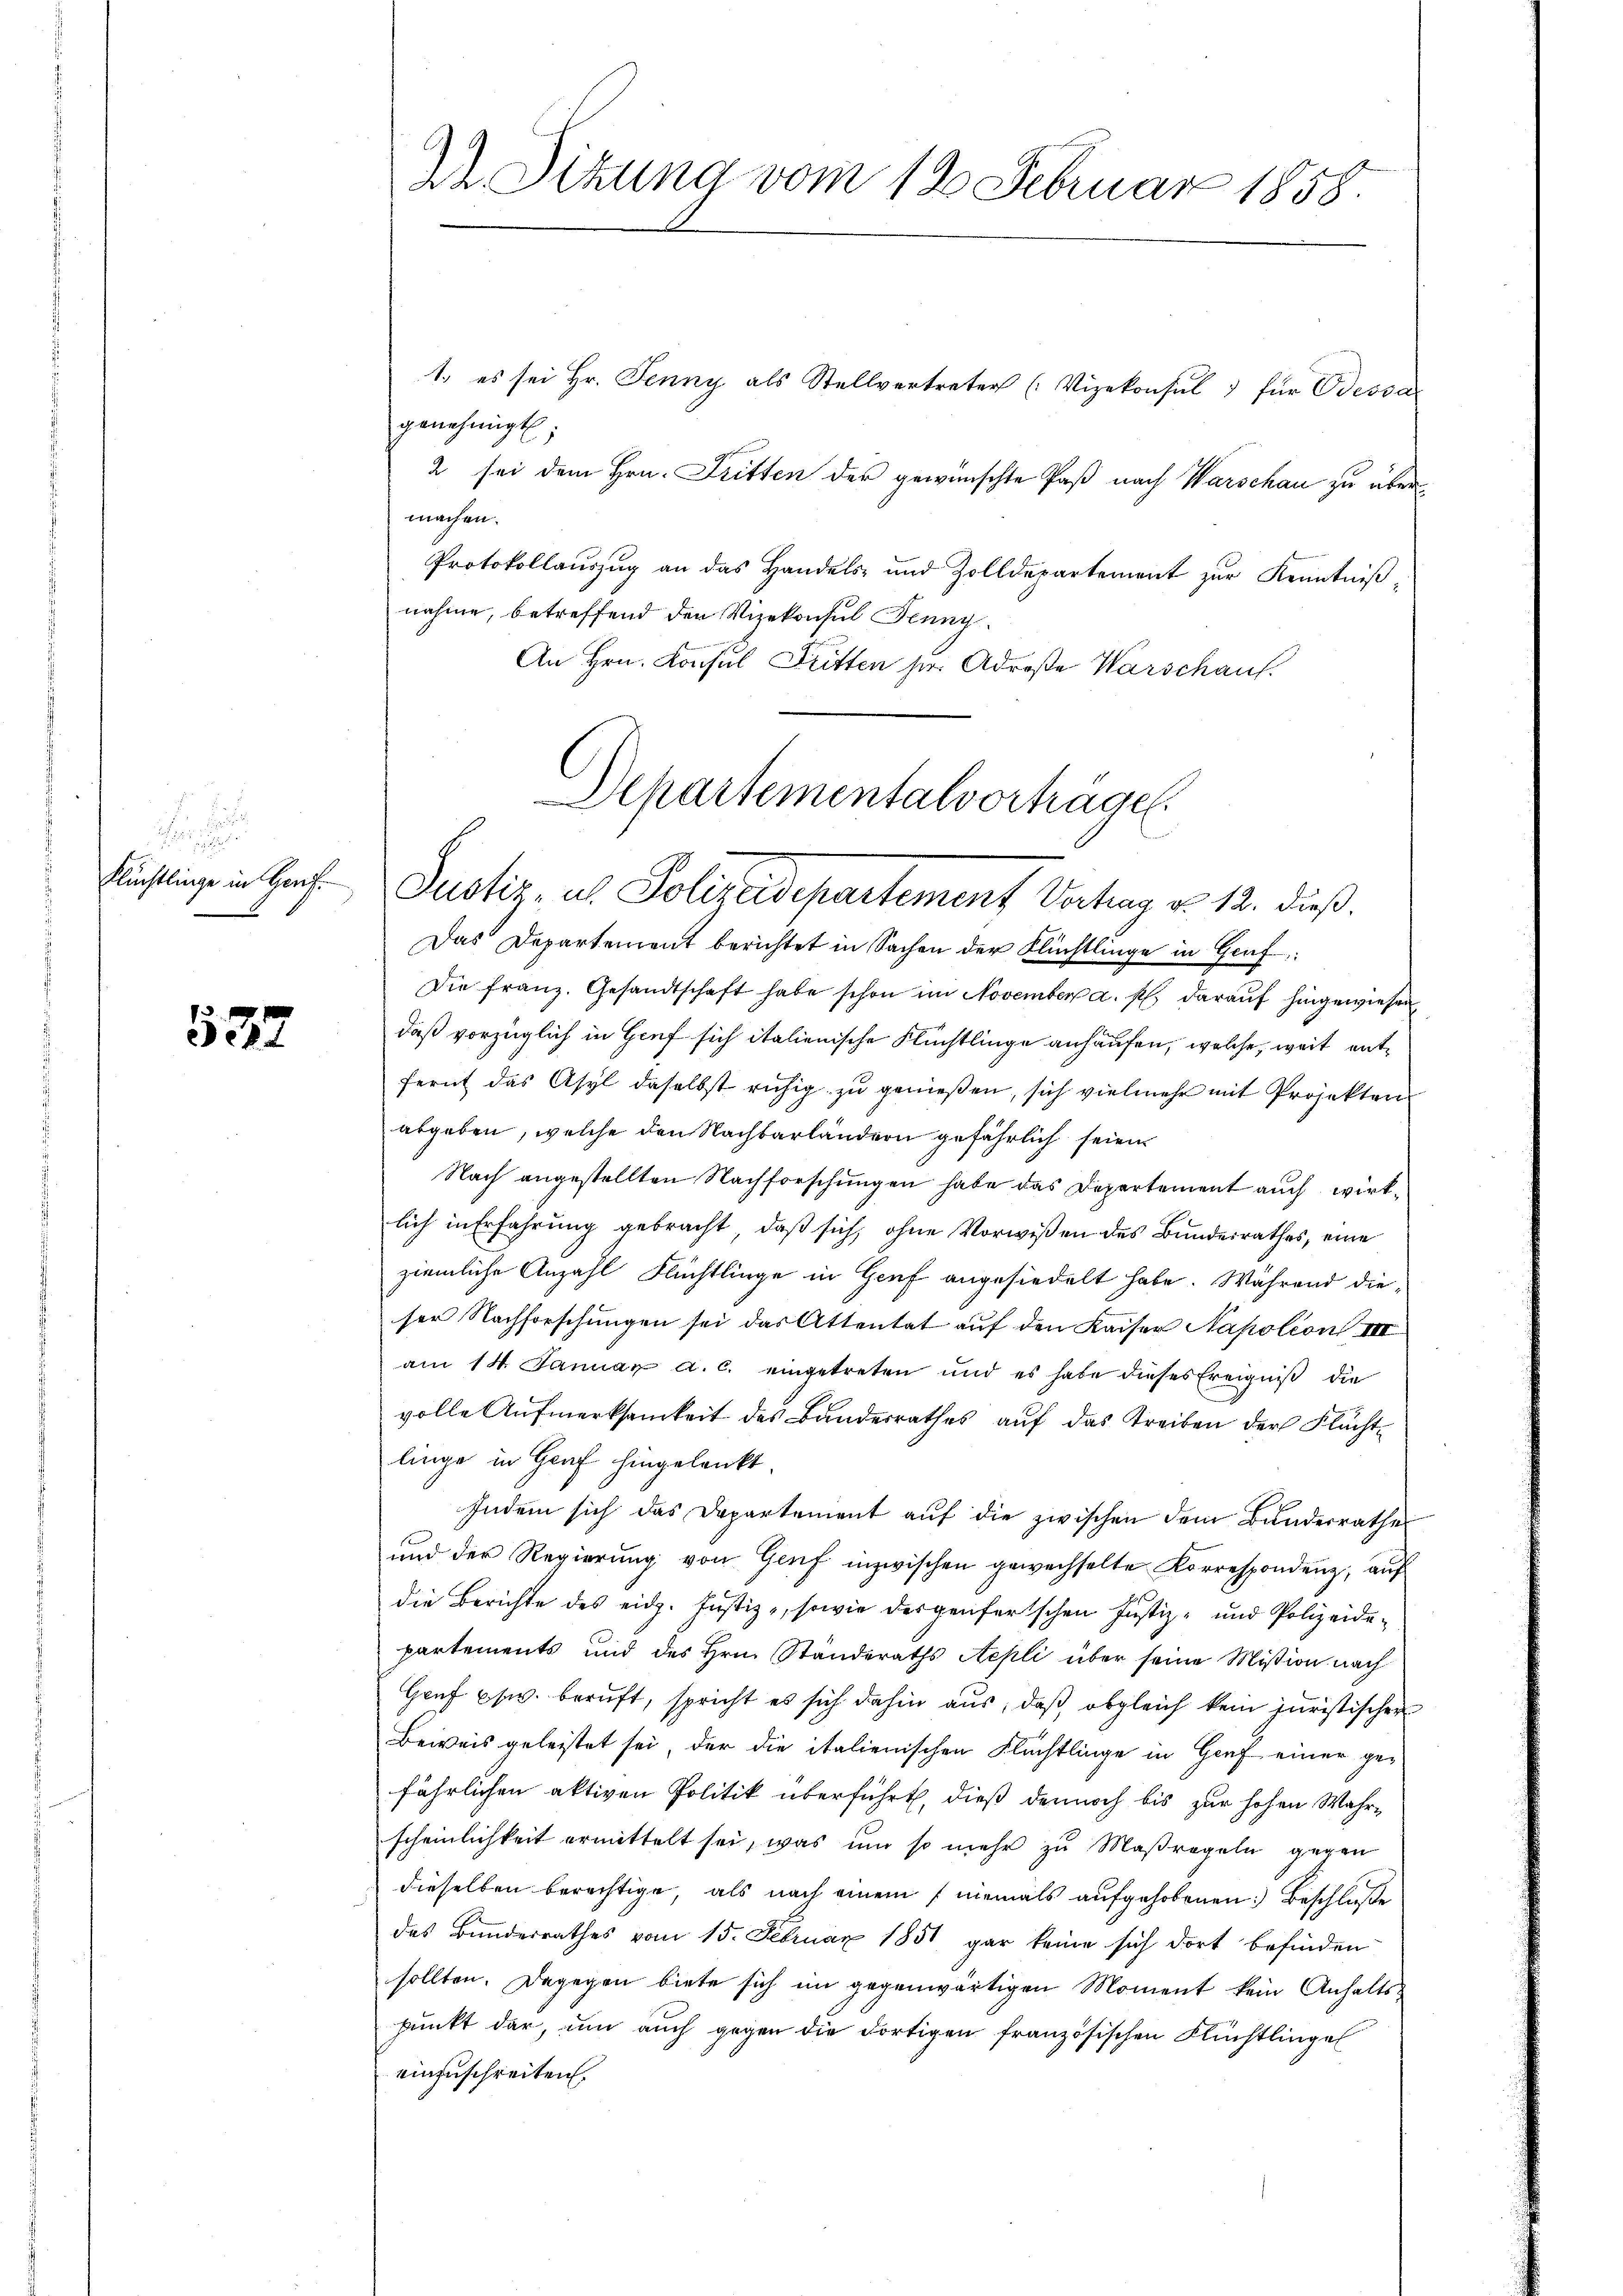
Flüchtlinge in Genf.

537

Ir Sitzung vom 12. Februar 1858.

1. es sei Hr. Jenny als Stellvertreter (Vizekonsul ) für Odessa
genehmigt;
2 sei dem Hrn. Fritten der gewünschte Paß nach Warschau zu über
machen.
Protokollaŭszŭg an das Handels- und Zolldepartement zŭr Kenntniβ
nahme, betreffend den Vizekonsul Jenny.
An Hrn. Konsul Dritten sie Adroße Warschaus.

Departementalvorträge.
Justiz, als Polizeidepartement Vertrag v. 12. dieß.

Das Departement berichtet in Sachen der Flüchtlinge in Graf
Die franz. Gesandtschaft habe schon im November a. p. darauf hingewiesen
daß vorzüglich in Genf sich italienische Flüchtlinge anhaufen, welche, weit entfernt das Asyl daselbst ruhig zu genießen, sich vielmehr mit Projekten
abgeben, welche den Nachbarländern gefährlich seien
Nach angestellten Nachforschungen habe das Departement auch wirklich in Erfahrung gebracht, daß sich, ohne Vorwißen des Bundesrathes, eine
ziemliche Anzahl Flüchtlinge in Genf angesiedelt habe. Während dieser Nachforschungen sei das Attentat auf den Kaiser Napoleon III
am 14. Januar a. c. eingetreten und es habe dieses Ereigniß die
volle Aufmerksamkeit des Bandesrathes auf das Treiben der Flächtlinge in Graf hingelenkt.
Indem sich das Departement auf die zwischen dem Bundesrathe
und der Regierung von Genf inzwischen gewechselte Korrespondenz, auf
die Berichte des eidg. Justiz-, sowie dergenfertschen Justiz- und Polizeidepartements und des Hrn. Standeraths Nepli über seine Mißion nach
Gruf pr. beruft, spricht es sich dahin aus, daß obgleich kein juristischer
Beweis geleistet sei, der die italienischen Flächtlinge in Genf einer gefährlichen aktiven Politik überführt, dieß dennoch bis zur hohen Wahrscheinlichkeit ermittelt sei, was um so mehr zu Maßregeln gegen
dieselben berechtige, als nach einem niemals aufgehobenen Beschluße
des Bunderrathes vom 15. Februar 1851 gar keine sich dort befinden
sollten. Dagegen biete sich im gegenwärtigen Moment kein Anhaltspunkt dar, um auch gegen die dortigen französischen Flüchtlingel
einzuschreiten.